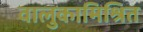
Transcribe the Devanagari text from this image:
वालुकामिश्रित